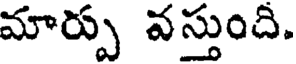
మార్పు వస్తుంది.